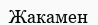
Жакамен